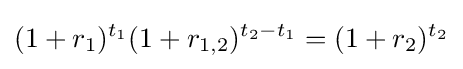
(1+r_{1})^{t_{1}}(1+r_{1,2})^{t_{2}-t_{1}}=(1+r_{2})^{t_{2}}